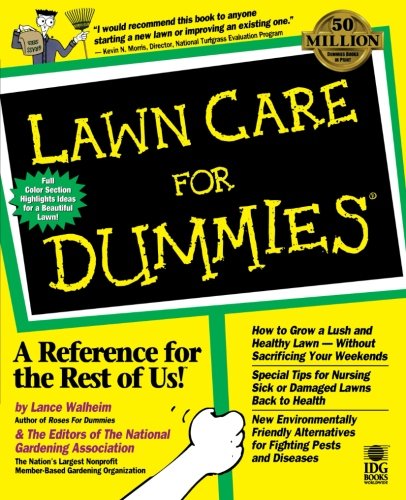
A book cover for Lawn Care For Dummies; Lance Walheim; Crafts, Hobbies & Home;